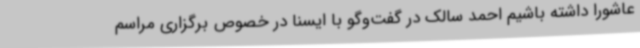
عاشورا داشته باشیم احمد سالک در گفت‌وگو با ایسنا در خصوص برگزاری مراسم